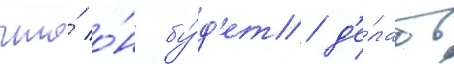
что́ о́н бу́д'ет д'е́лать